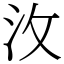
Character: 㳊